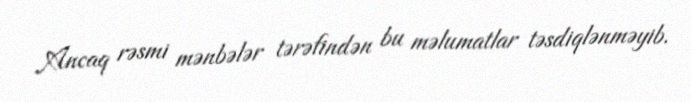
Ancaq rəsmi mənbələr tərəfindən bu məlumatlar təsdiqlənməyib.